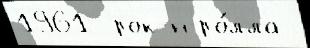
1961  рок-н-ро́лла